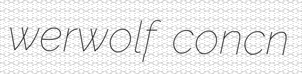
werwolf concn